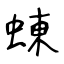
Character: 蝀